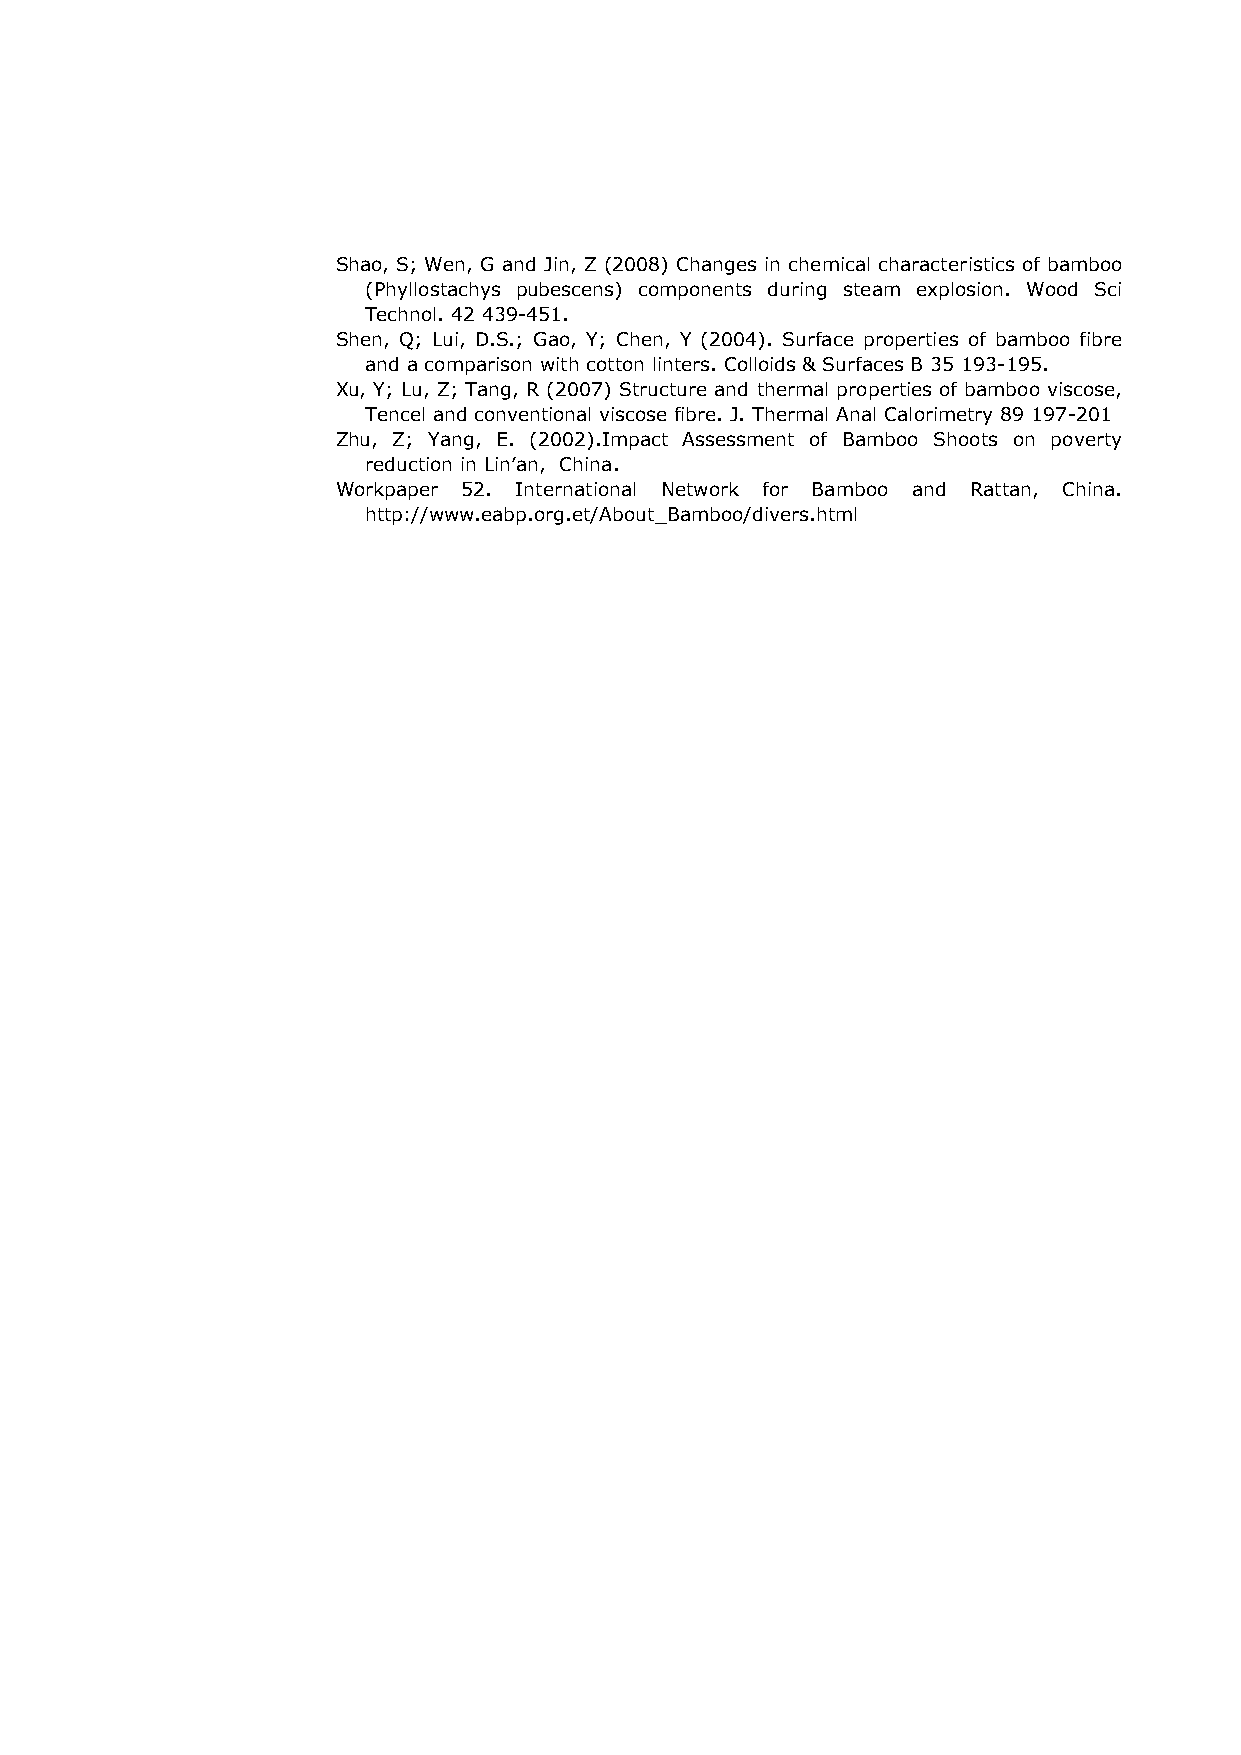
Shao, S; Wen, G and Jin, Z (2008) Changes in chemical characteristics of bamboo
 (Phyllostachys pubescens) components during steam explosion. Wood Sci
 Technol. 42 439-451.
 Shen, Q; Lui, D.S.; Gao, Y; Chen, Y (2004). Surface properties of bamboo fibre
 and a comparison with cotton linters. Colloids & Surfaces B 35 193-195.
 Xu, Y; Lu, Z; Tang, R (2007) Structure and thermal properties of bamboo viscose,
 Tencel and conventional viscose fibre. J. Thermal Anal Calorimetry 89 197-201
 Zhu, Z; Yang, E. (2002).Impact Assessment of Bamboo Shoots on poverty
 reduction in Lin’an, China.
 Workpaper 52. International Network for Bamboo and Rattan, China.
 http://www.eabp.org.et/About_Bamboo/divers.html